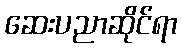
ဆေးပညာဆိုင်ရာ